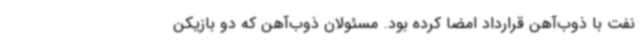
نفت با ذوب‌آهن قرارداد امضا کرده بود. مسئولان ذوب‌آهن که دو بازیکن